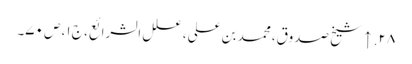
۲۸. ↑ شیخ صدوق، محمد بن علی، علل الشرائع، ج ۱، ص ۷۰۔